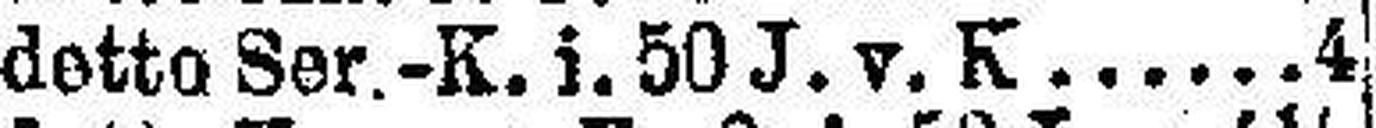
detto Ser.-K. i. 50 J. v. K. 4